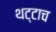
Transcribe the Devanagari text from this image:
थट्टाच